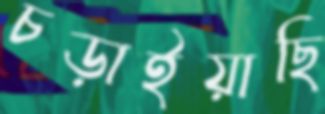
চড়াইয়াছি